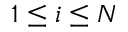
1 \leq i \leq N